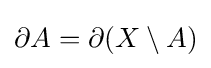
\partial A=\partial (X\setminus A)